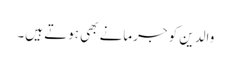
والدین کو جرمانے بھی ہوتے ہیں۔